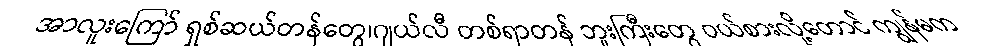
အာလူးကြော် ရှစ်ဆယ်တန်တွေ၊ဂျယ်လီ တစ်ရာတန် ဘူးကြီးတွေ ဝယ်စားလို့တောင် ကျွန်မက